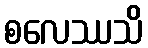
စလေဿသိ